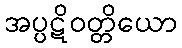
အပ္ပဋိဝတ္တိယော